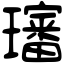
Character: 𤪺